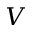
V